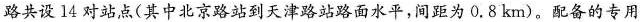
路共设 14 对站点(其中北京路站到天津路站路面水平，间距为 0 . 8 km)。配备的专用